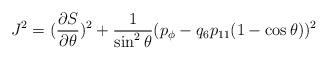
LaTeX: \begin{align*}J^2= ({\partial S\over\partial\theta})^2+{1\over\sin^2 \theta}(p_\phi-q_6 p_{11}(1-\cos\theta))^2\end{align*}